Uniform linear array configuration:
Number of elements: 8
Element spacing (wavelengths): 0.25
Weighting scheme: cosine
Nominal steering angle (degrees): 0
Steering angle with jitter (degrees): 1.605
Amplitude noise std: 0.05
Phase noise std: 0.05

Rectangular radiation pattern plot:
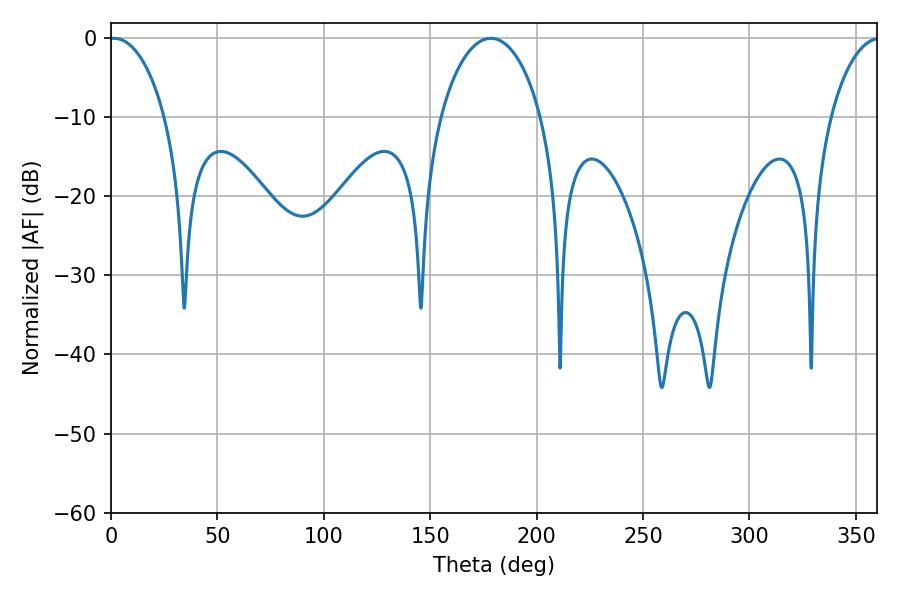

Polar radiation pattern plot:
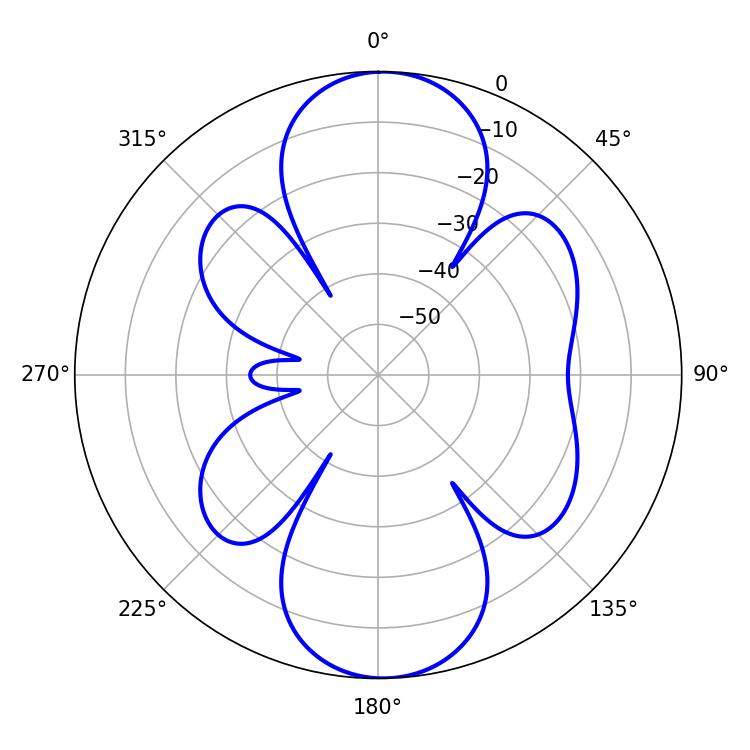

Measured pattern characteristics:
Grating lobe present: FALSE
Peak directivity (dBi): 16.883
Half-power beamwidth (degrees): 15.12
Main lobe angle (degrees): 1.44